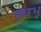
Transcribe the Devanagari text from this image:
स्वभू